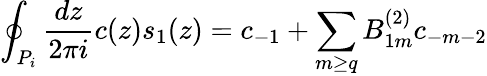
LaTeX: \oint_{P_{i}}\frac{dz}{2\pi i}c(z)s_{1}(z)=c_{-1}+\sum_{m\geq q}B_{1m}^{(2)}c_{-m-2}